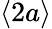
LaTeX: \left\langle 2a\right\rangle